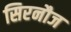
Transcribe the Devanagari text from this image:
सिरनौज